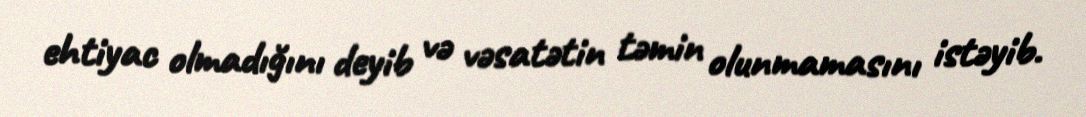
ehtiyac olmadığını deyib və vəsatətin təmin olunmamasını istəyib.